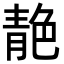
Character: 靘